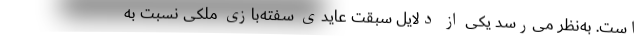
است. به‌نظر می‌رسد یکی از دلایل سبقت عایدی سفته‌بازی ملکی نسبت به